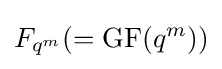
F_{q^{m}}(=\operatorname {GF} (q^{m}))